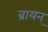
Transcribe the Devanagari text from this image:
ब्रायन्